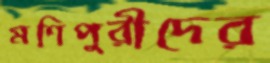
মণিপুরীদের